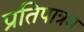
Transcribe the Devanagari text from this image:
प्रतिपात्रम